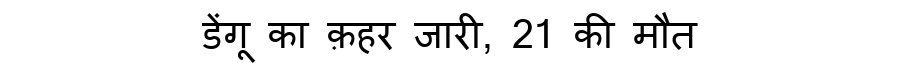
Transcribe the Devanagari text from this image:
डेंगू का क़हर जारी, 21 की मौत